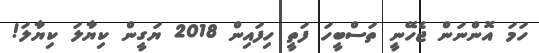
ހަމަ އޮންނަން ޖެހޭނީ ތަސްބީހަ ފަތީ ހިފައިން 2018 ޔަގީން ކިޔާލަ ކިޔާލަ!